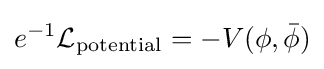
e^{-1}{\mathcal {L}}_{\text{potential}}=-V(\phi ,{\bar {\phi }})